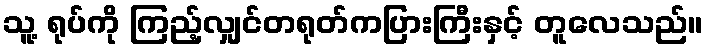
သူ့ ရုပ်ကို ကြည့်လျှင်တရုတ်ကပြားကြီးနှင့် တူလေသည်။